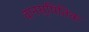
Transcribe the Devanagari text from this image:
वानस्पितिक